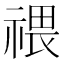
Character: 𥚸